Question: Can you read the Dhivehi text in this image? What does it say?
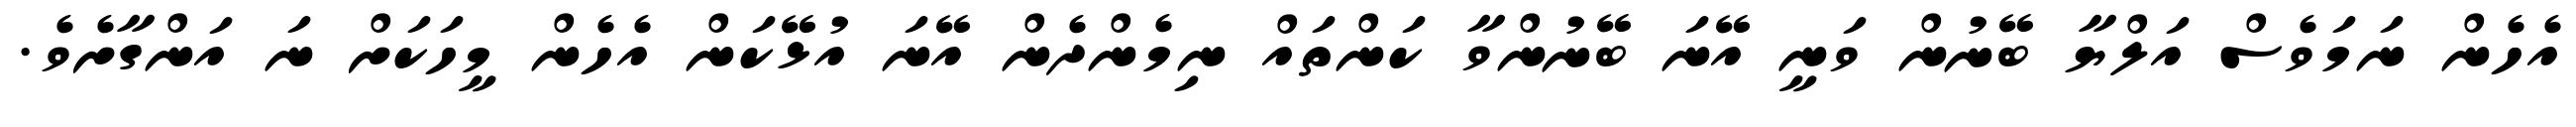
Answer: އެހެން ނަމަވެސް އަލްޔާ ބޭނުން ވަނީ އޭނަ ބޭނުންވާ ކަންތައް ނިމެންދެން އޭނަ އުޅޭކަން އެހެން މީހަކަށް ނަ އަންގާށެވެ.